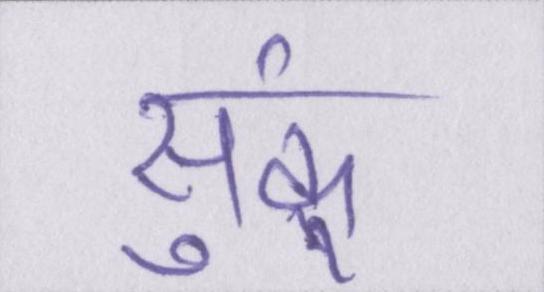
सुकूं